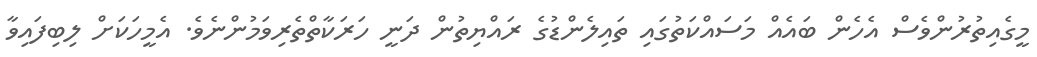
މީގެއިތުރުންވެސް އެހެން ބައެއް މަސައްކަތުގައި ތައިލެންޑުގެ ރައްޔިތުން ދަނީ ހަރަކާތްތެރިވަމުންނެވެ. އެމީހަކަށް ލިބިފައިވާ